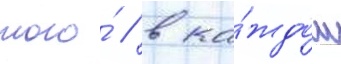
того́ / в ка́ждом